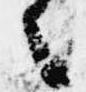
々